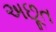
અછૂત